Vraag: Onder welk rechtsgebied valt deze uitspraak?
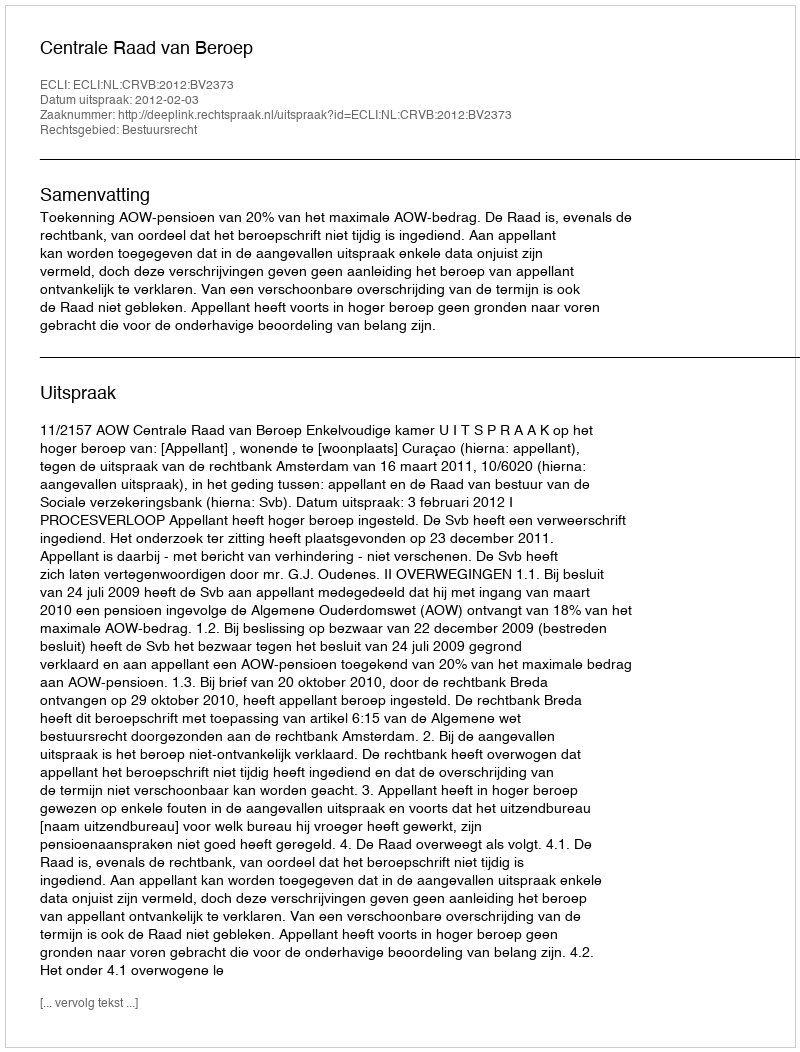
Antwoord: Bestuursrecht